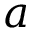
a